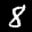
Label: 8